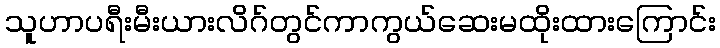
သူဟာပရီးမီးယားလိဂ်တွင်ကာကွယ်ဆေးမထိုးထားကြောင်း